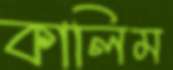
কালিম